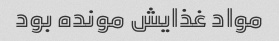
مواد غذایش مونده بود